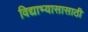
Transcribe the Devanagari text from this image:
विद्याभ्यासासाठी